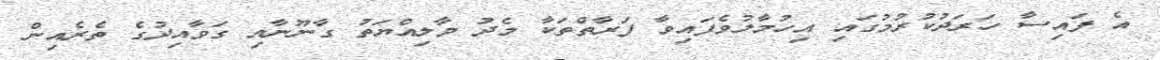
އެ ފައިސާ ހަރަދުކުރުމުގައި އިހުމާލުވެފައިވާ ފަރާތްތަކާ މެދު މާލިއްޔަތު ގާނޫނާއި ގަވާއިދުގެ ތެރެއިން